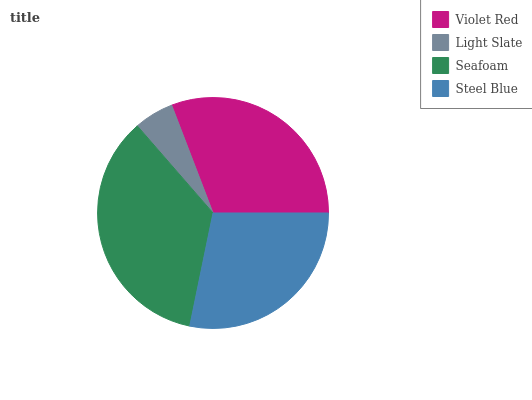
| Violet Red | Light Slate | Seafoam | Steel Blue |
 | --- | --- | --- | --- |
 | 30.9% | 5.56% | 35.4% | 28.2% |